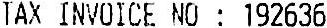
TAX INVOICE NO : 192636